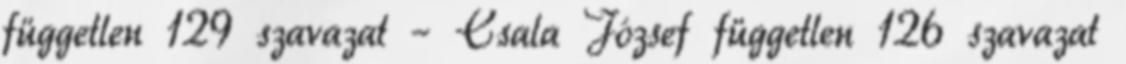
független 129 szavazat – Csala József független 126 szavazat